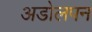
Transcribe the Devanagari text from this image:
अडोलपन